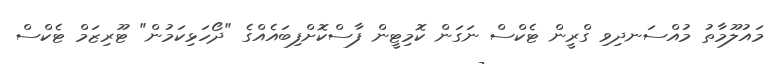
މައުލޫމާތު މުއްސަނދިވި ގްރީން ޓެކްސް ނަގަން ކޮމިޓީން ފާސްކޮށްފިބައެއްގެ "ދޯހަޅިކަމުން" ޓޫރިޒަމް ޓެކްސް